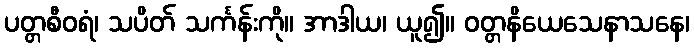
ပတ္တစီဝရံ၊ သပိတ် သင်္ကန်းကို။ အာဒါယ၊ ယူ၍။ ဝတ္တနိယေသေနာသနေ၊